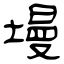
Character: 墁